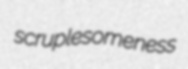
scruplesomeness